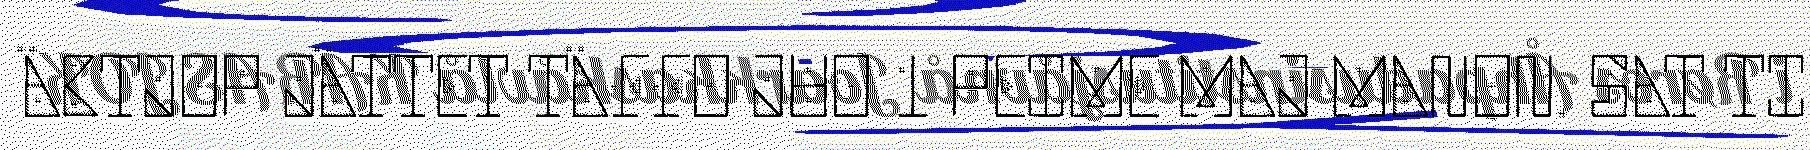
ÄBTJOP JÄTTET TÄFFO JUO 1 PEIME MAJ MANON. SAT TI